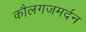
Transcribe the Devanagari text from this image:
कौलगजमर्दन